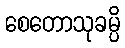
စေတောသုခမ္ပိ